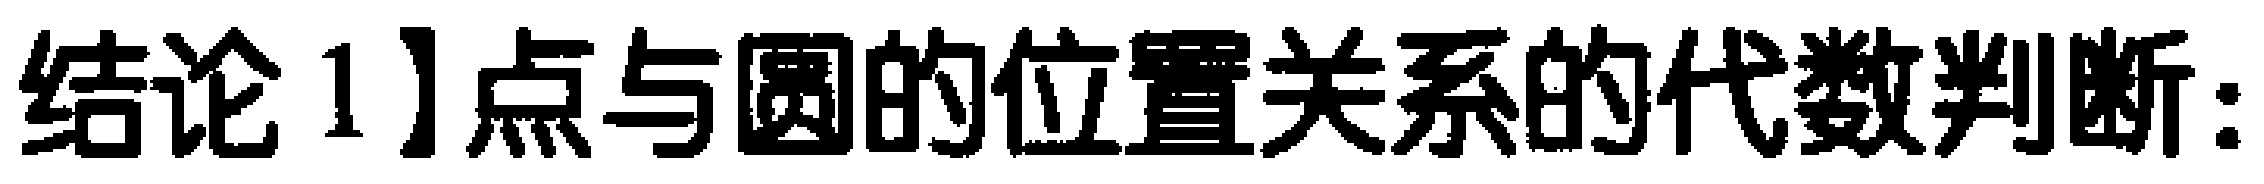
结论1】点与圆的位置关系的代数判断：